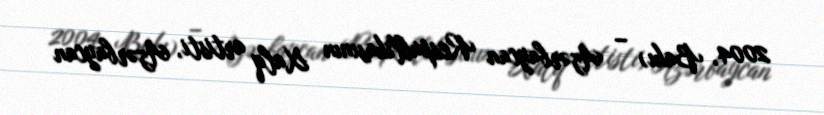
2004, Bakı) – Azərbaycan Respublikasının Xalq artisti, Azərbaycan